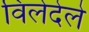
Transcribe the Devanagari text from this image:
विलेदेले